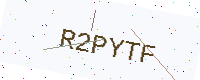
Text: R2PYTF